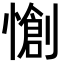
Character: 𭞶